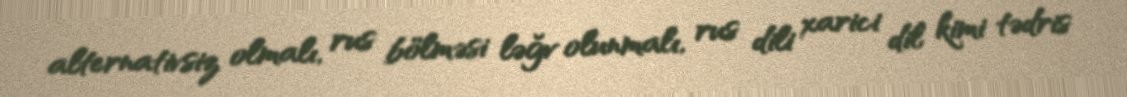
alternativsiz olmalı, rus bölməsi ləğv olunmalı, rus dili xarici dil kimi tədris